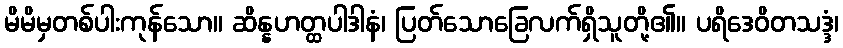
မိမိမှတစ်ပါးကုန်သော။ ဆိန္နဟတ္ထပါဒါနံ၊ ပြတ်သောခြေလက်ရှိသူတို့၏။ ပရိဒေဝိတသဒ္ဒံ၊